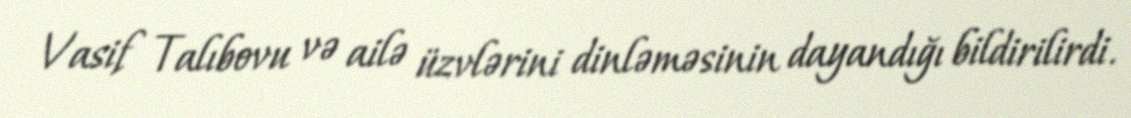
Vasif Talıbovu və ailə üzvlərini dinləməsinin dayandığı bildirilirdi.